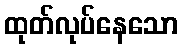
ထုတ်လုပ်နေသော